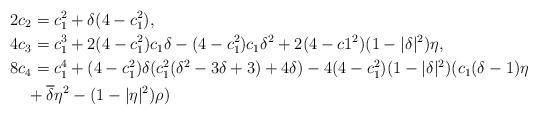
LaTeX: \begin{align*}&2c_2=c_1^2+\delta(4-c_1^2), \\\;\;&4c_3=c_1^3+2(4-c_1^2)c_1\delta-(4-c_1^2)c_1\delta^2+2(4-c1^2)(1-|\delta|^2)\eta, \\ &8c_4=c_1^4+(4-c_1^2)\delta(c_1^2(\delta^2-3\delta+3)+4\delta)-4(4-c_1^2)(1-|\delta|^2)(c_1(\delta-1)\eta\\&\quad+\overline{\delta}\eta^2-(1-|\eta|^2)\rho)\end{align*}